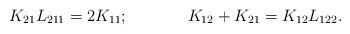
LaTeX: \begin{align*}K_{21}L_{211}=2K_{11};\hspace{1.5cm}K_{12}+K_{21}=K_{12}L_{122}.\end{align*}